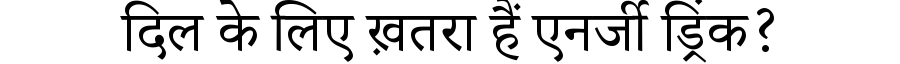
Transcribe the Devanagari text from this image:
दिल के लिए ख़तरा हैं एनर्जी ड्रिंक?